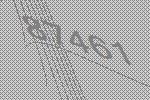
87461